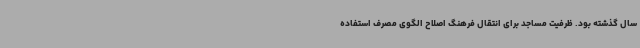
سال گذشته بود. ظرفیت مساجد برای انتقال فرهنگ اصلاح الگوی مصرف استفاده